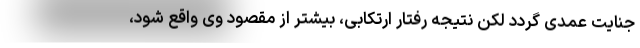
جنایت عمدی گردد لکن نتیجه رفتار ارتکابی، بیشتر از مقصود وی واقع شود،